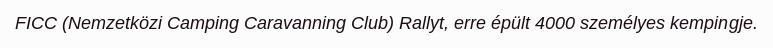
FICC (Nemzetközi Camping Caravanning Club) Rallyt, erre épült 4000 személyes kempingje.